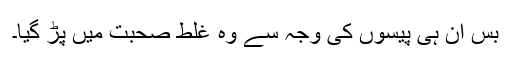
بس ان ہی پیسوں کی وجہ سے وہ غلط صحبت میں پڑ گیا۔